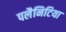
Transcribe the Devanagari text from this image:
पलैनिटिया